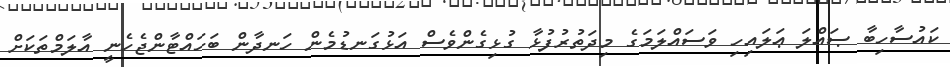
ކައުސާހިބާ ޞައްލަ ޢަލައިހި ވަސައްލަމަގެ މިދަތުރުފުޅާ ގުޅިގެންވެސް އަޅުގަނޑުމެން ހަނދާން ބަހައްޓާންޖެހެނީ އާލަމްތަކަށް